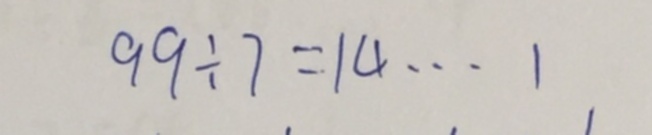
9 9 \div 7 = 1 4 \cdots 1